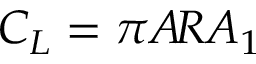
C _ { L } = \pi A \! R A _ { 1 }